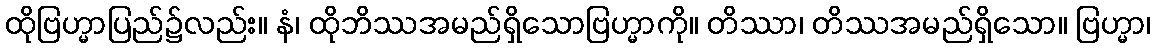
ထိုဗြဟ္မာပြည်၌လည်း။ နံ၊ ထိုဘိဿအမည်ရှိသောဗြဟ္မာကို။ တိဿာ၊ တိဿအမည်ရှိသော။ ဗြဟ္မာ၊